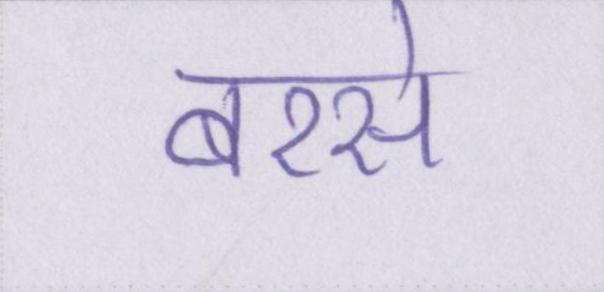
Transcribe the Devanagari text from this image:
बरसे